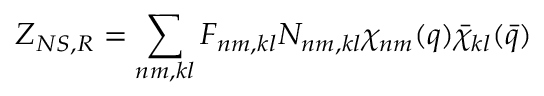
Z _ { N S , R } = \sum _ { n m , k l } F _ { n m , k l } N _ { n m , k l } \chi _ { n m } ( q ) \bar { \chi } _ { k l } ( \bar { q } )